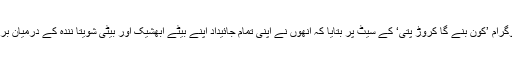
اس ہفتے انھوں نے اپنے ٹی وی پروگرام ’کون بنے گا کروڑ پتی‘ کے سیٹ پر بتایا کہ انھوں نے اپنی تمام جائیداد اپنے بیٹے ابھشیک اور بیٹی شویتا نندہ کے درمیان برابر تقسیم کرنے کی وصیت کی ہے۔